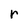
Character: r